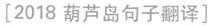
[2018 葫芦岛句子翻译]